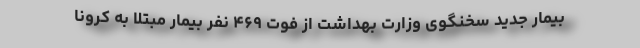
بیمار جدید سخنگوی وزارت بهداشت از فوت ۴۶۹ نفر بیمار مبتلا به کرونا